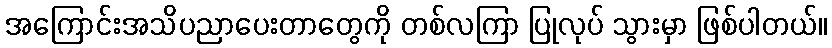
အကြောင်းအသိပညာပေးတာတွေကို တစ်လကြာ ပြုလုပ် သွားမှာ ဖြစ်ပါတယ်။